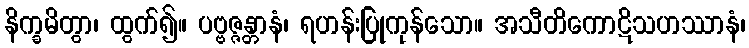
နိက္ခမိတွာ၊ ထွက်၍။ ပဗ္ဗဇ္ဇန္တာနံ၊ ရဟန်းပြုကုန်သော။ အသီတိကောဋိသဟဿာနံ၊